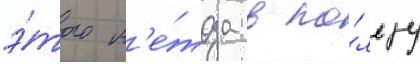
э́того м'е́тода в по́льзу